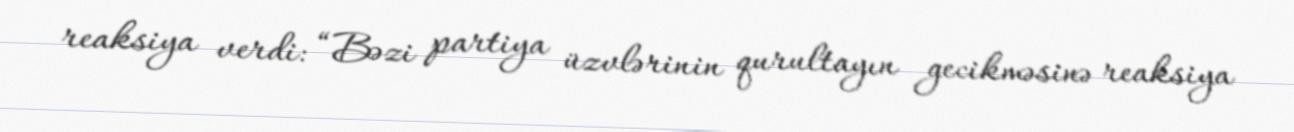
reaksiya verdi: “Bəzi partiya üzvlərinin qurultayın gecikməsinə reaksiya